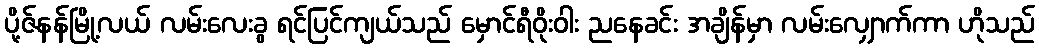
ပို့ဇ်နန်မြို့လယ် လမ်းလေးခွ ရင်ပြင်ကျယ်သည် မှောင်ရီဝိုးဝါး ညနေခင်း အချိန်မှာ လမ်းလျှောက်ကာ ဟိုသည်